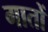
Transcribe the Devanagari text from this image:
गातों